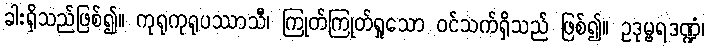
ခါးရှိသည်ဖြစ်၍။ ကုရုကုရုပဿာသီ၊ ကြုတ်ကြုတ်ရှုသော ဝင်သက်ရှိသည် ဖြစ်၍။ ဥဒုမ္ဗရဒဏ္ဍံ၊